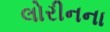
લોરીનના